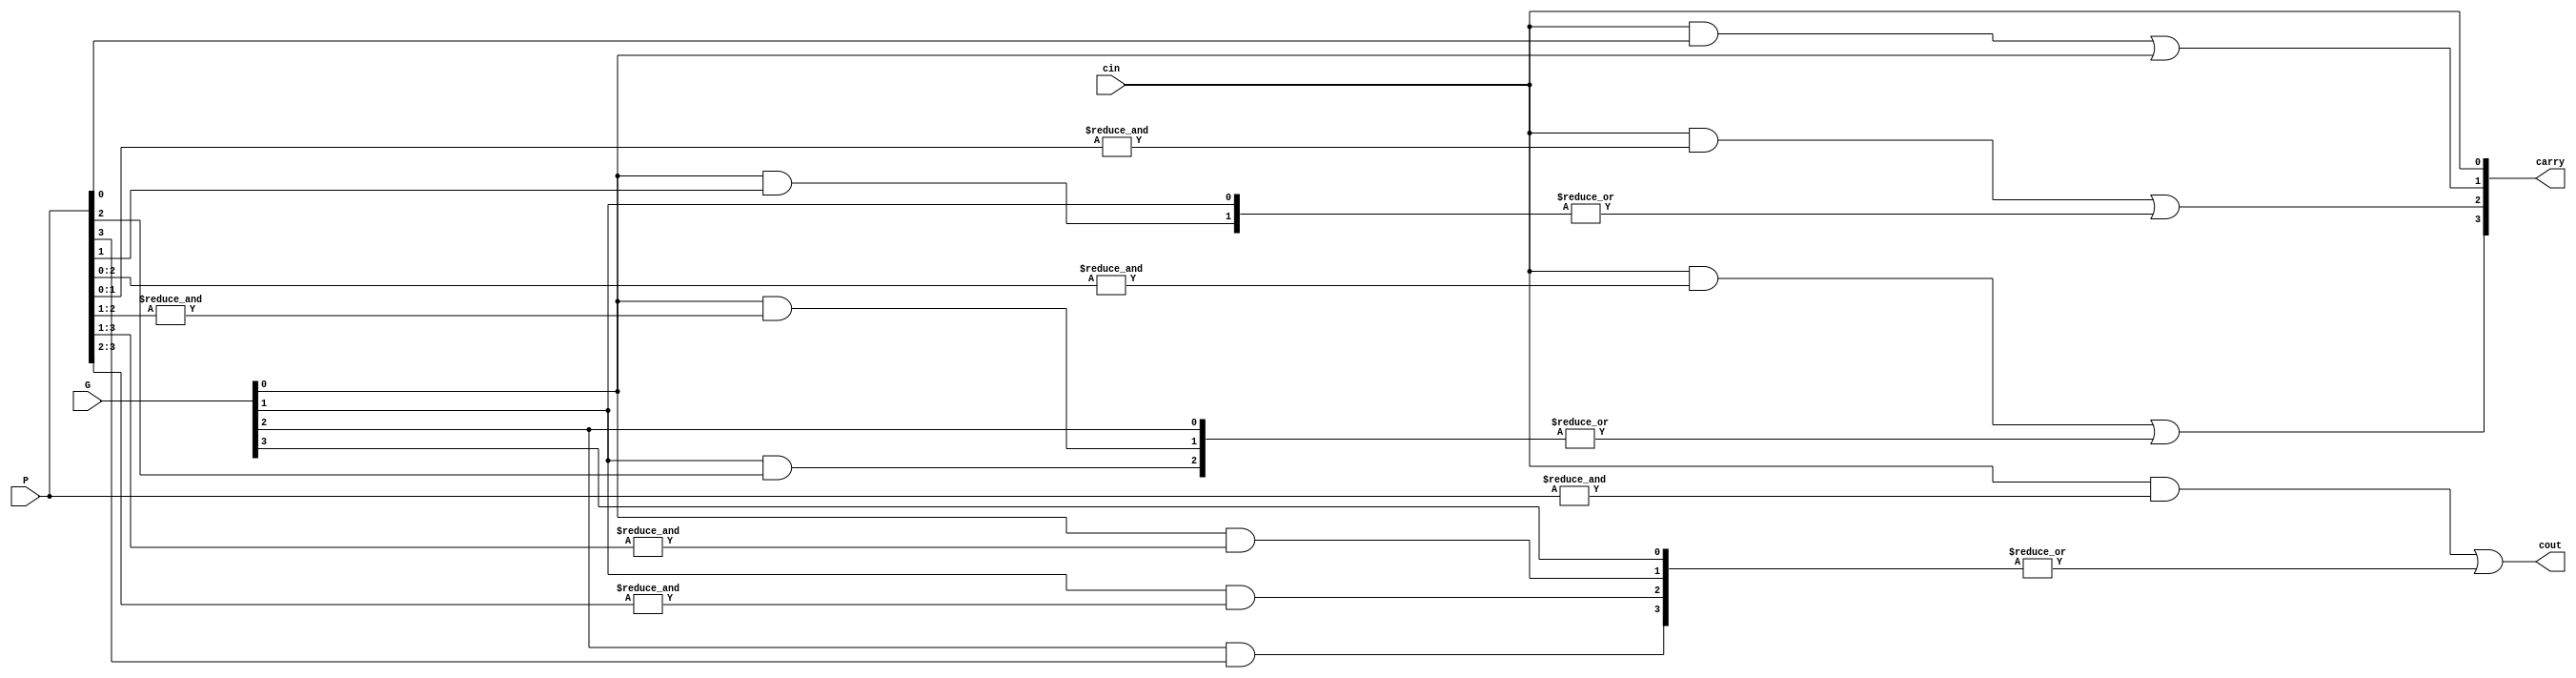
module CarryGen #(
    parameter bit_width=4
) (
    input [bit_width-1:0] P,
    input [bit_width-1:0] G,
    input cin,
    output [bit_width-1:0] carry,
    output cout
);

    generate
        genvar n;
        for (n = 0; n <= bit_width; n = n + 1) begin : Gen_carry
            if (n == 0) begin: assign_cin0
                assign carry[0] = cin;
            end else begin: assign_cin
                wire [n-1:0] subsum;
                wire prop;
                assign prop = cin & {&P[n-1:0]};

                genvar i;
                for (i = 0; i <= n - 1; i = i + 1) begin : Gen_subsum
                    if (n - 1 < i + 1) begin: Gi
                        assign subsum[i] = G[i];
                    end else begin: cal_subsum
                        assign subsum[i] = G[i] & {&P[n-1:i+1]};
                    end
                end

                if (n < bit_width) begin: assign_carry
                    assign carry[n] = prop | {|subsum};
                end else begin: assign_cout
                    assign cout = prop | {|subsum};
                end
            end

        end
    endgenerate
    
endmodule